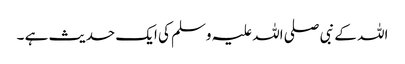
اللہ کے نبی صلی اللہ علیہ وسلم کی ایک حدیث ہے ۔